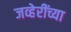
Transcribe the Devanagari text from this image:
जव्हेरींच्या